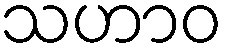
သဟာဝ